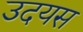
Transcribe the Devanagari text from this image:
उदयस